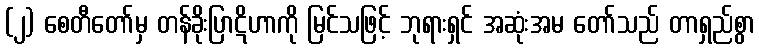
(၂) စေတီတော်မှ တန်ခိုးပြာဋိဟာကို မြင်သဖြင့် ဘုရားရှင် အဆုံးအမ တော်သည် တာရှည်စွာ